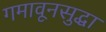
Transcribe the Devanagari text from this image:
गमावूनसुद्धा